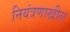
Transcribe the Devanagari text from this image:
नियंत्रणाखील